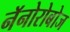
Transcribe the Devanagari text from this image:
नॅनोरोबोज